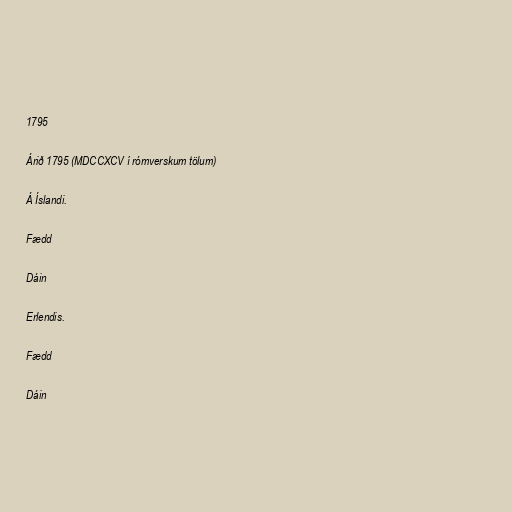
1795

Árið 1795 (MDCCXCV í rómverskum tölum)

Á Íslandi.

Fædd

Dáin

Erlendis.

Fædd

Dáin